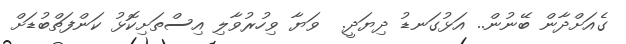
ގެއަށްދާން ބޭނުން.. އަޅުގަނޑު ދިޔަދީ.  ވަޔާ ވިހުރުވާލި އިސްތަށިކޮޅު ކަންފަތްބުޑަށް